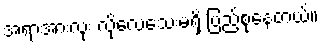
အရာအားလုံး လိုလေသေးမရှိ ပြည့်စုံနေတယ်။